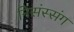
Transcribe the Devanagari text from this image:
निसंस्संग